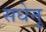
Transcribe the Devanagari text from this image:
सधेनु